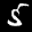
Label: 5